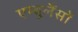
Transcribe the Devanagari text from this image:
एम्बुलैंसों